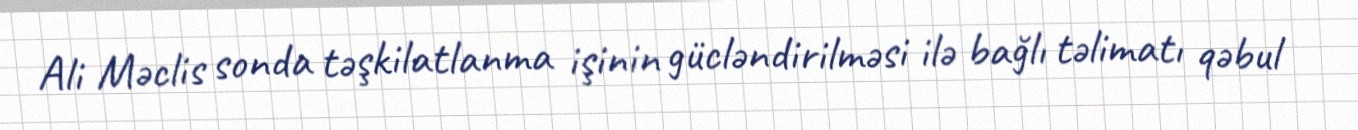
Ali Məclis sonda təşkilatlanma işinin gücləndirilməsi ilə bağlı təlimatı qəbul